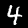
Digit: 4